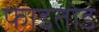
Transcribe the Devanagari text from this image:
फाडतोड